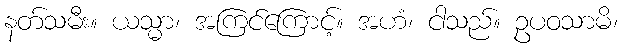
နတ်သမီး။ ယသ္မာ၊ အကြင်ကြောင့်။ အဟံ၊ ငါသည်။ ဥပဝသာမိ၊